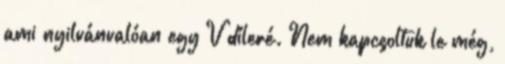
ami nyilvánvalóan egy V díleré. Nem kapcsoltuk le még,